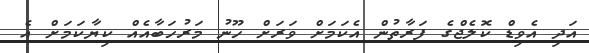
އަދި އެވިޑް ކޮލެޖްގެ ފަރާތުން އެކަމަށް ވަރަށް ހޫނު މަރުހަބާއެއް ކިޔާކަމަށް އެ